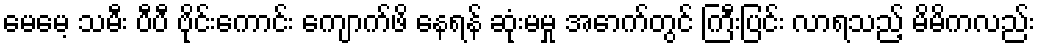
မေမေ့ သမီး ပီပီ ဗိုင်းကောင်း ကျောက်ဖိ နေရန် ဆုံးမမှု အောက်တွင် ကြီးပြင်း လာရသည့် မိမိကလည်း